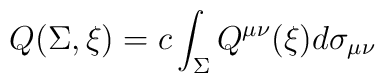
Q(\Sigma,\xi)=c\int_{\Sigma} Q^{\mu\nu}(\xi)d\sigma_{\mu\nu}